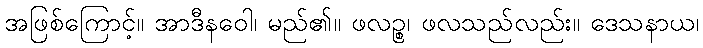
အဖြစ်ကြောင့်။ အာဒီနဝေါ၊ မည်၏။ ဖလဉ္စ၊ ဖလသည်လည်း။ ဒေသနာယ၊